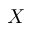
X